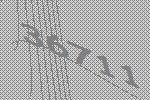
36711